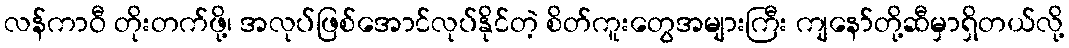
လန်ကာဝီ တိုးတက်ဖို့၊ အလုပ်ဖြစ်အောင်လုပ်နိုင်တဲ့ စိတ်ကူးတွေအများကြီး ကျနော်တို့ဆီမှာရှိတယ်လို့